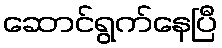
ဆောင်ရွက်နေပြီ